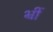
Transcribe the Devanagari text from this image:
भ्रीं